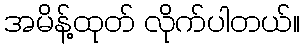
အမိန့်ထုတ် လိုက်ပါတယ်။